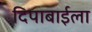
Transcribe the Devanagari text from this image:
दिपाबाईला